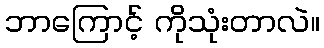
ဘာကြောင့် ကိုသုံးတာလဲ။